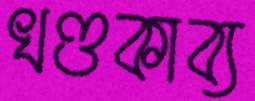
খণ্ডকাব্য